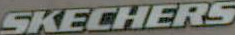
SKECHERS